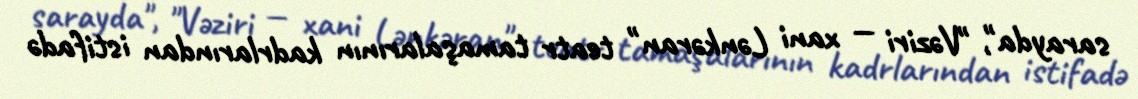
sarayda", "Vəziri — xani Lənkəran" teatr tamaşalarının kadrlarından istifadə